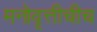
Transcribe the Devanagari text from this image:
मनोवृत्तीचीच